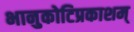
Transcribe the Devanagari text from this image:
भानुकोटिप्रकाशम्